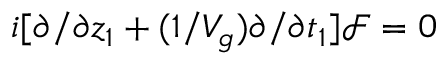
i [ \partial / \partial z _ { 1 } + ( 1 / V _ { g } ) \partial / \partial t _ { 1 } ] \mathcal { F } = 0